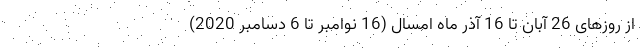
از روزهای 26 آبان تا 16 آذر ماه امسال (16 نوامبر تا 6 دسامبر 2020)